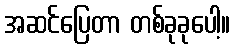
အဆင်ပြေတာ တစ်ခုခုပေါ့။